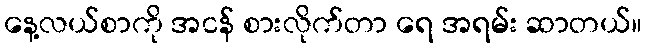
နေ့လယ်စာကို အငန် စားလိုက်တာ ရေ အရမ်း ဆာတယ်။